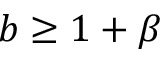
b \ge 1 + \beta